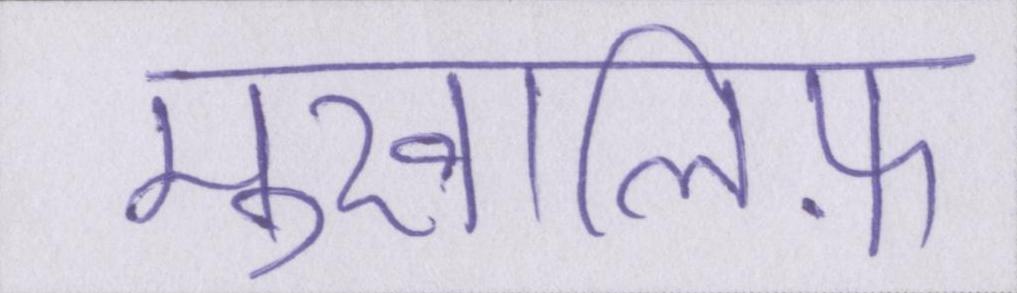
मुखालिफ़